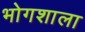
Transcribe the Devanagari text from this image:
भोगशाला